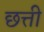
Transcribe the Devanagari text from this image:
छत्ती